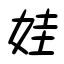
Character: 娃